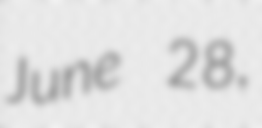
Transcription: June 28,